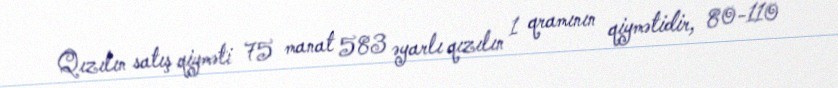
Qızılın satış qiyməti 75 manat 583 əyarlı qızılın 1 qramının qiymətidir, 80-110